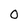
Character: 0